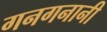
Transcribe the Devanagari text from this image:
गनगनानी